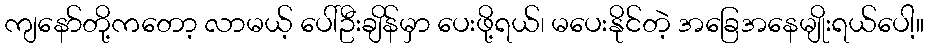
ကျနော်တို့ကတော့ လာမယ့် ပေါ်ဦးချိန်မှာ ပေးဖို့ရယ်၊ မပေးနိုင်တဲ့ အခြေအနေမျိုးရယ်ပေါ့။